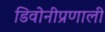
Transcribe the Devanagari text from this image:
डिवोनीप्रणाली